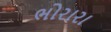
ભોરારા